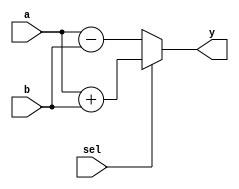
module combinational_logic (
    input wire [3:0] a,      // 4-bit input a
    input wire [3:0] b,      // 4-bit input b
    input wire sel,          // 1-bit select input
    output reg [3:0] y       // 4-bit output y
);

always @(*) begin
    // Default output
    y = 4'b0000; // Ensure all combinations are covered

    // Combinational logic based on input values
    if (sel) begin
        // If sel is high, perform addition
        y = a + b;
    end else begin
        // If sel is low, perform subtraction
        y = a - b;
    end
end

endmodule